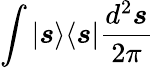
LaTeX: \int{|\boldsymbol{s}\rangle\langle\boldsymbol{s}|\frac{d^{2}\boldsymbol{s}}{2\pi}}